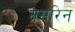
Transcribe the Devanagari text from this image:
नसरिन